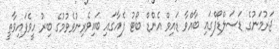
ޖަރުމަނުގެ ޑަސަލްޑޯފްގައި ބާއްވާ ޑައިވް އެންޑް ބޯޓު ފެއާގައި ބައިވެރިނުވެވުމުގެ ބިރު ހީވެފައިވާތީ